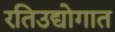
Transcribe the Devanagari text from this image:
रतिउद्योगात